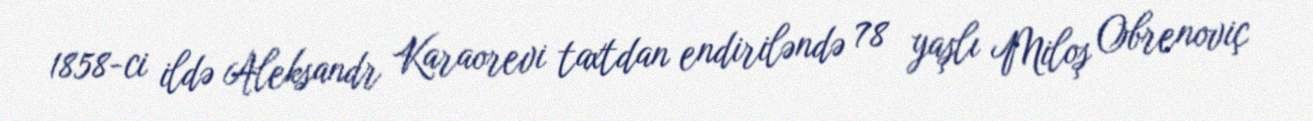
1858-ci ildə Aleksandr Karaorevi taxtdan endiriləndə 78 yaşlı Miloş Obrenoviç